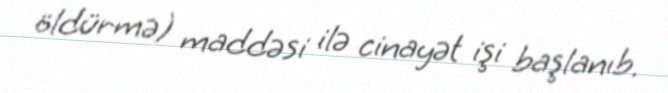
öldürmə) maddəsi ilə cinayət işi başlanıb.